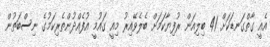
އެއީ ގާތްގަނޑަކަށް 41 ބިލިއަން ރުފިޔާކަމަށް ބެލެވޭއިރު މިއީ ގައުމީ އުފެއްދުންތެރިކަމުގެ ނިސްބަތުން